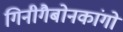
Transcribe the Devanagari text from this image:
गिनीगैबोनकांगो